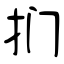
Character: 扪